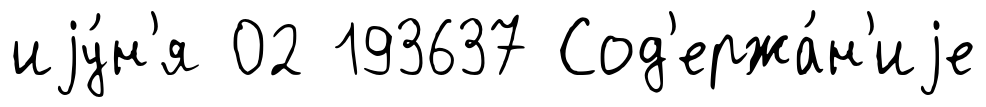
иjу́н'я 02 193637 Сод'ержа́н'иjе